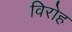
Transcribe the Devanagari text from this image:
विरोह